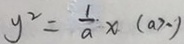
y ^ { 2 } = \frac { 1 } { a } x ( a > - 1 )